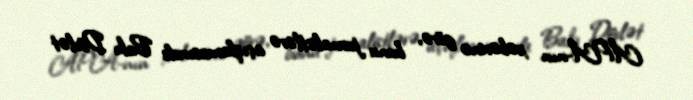
APA-nın xəbərinə görə, bunu jurnalistlərə açıqlamasında Bakı Dövlət